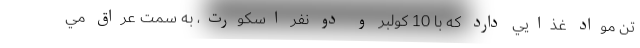
تن مواد غذايي دارد كه با 10 كولبر و دو نفر اسكورت، به سمت عراق مي